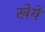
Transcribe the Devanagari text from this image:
खेये